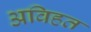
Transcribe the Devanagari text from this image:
अविहत